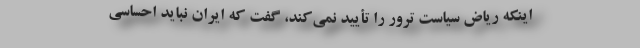
اینکه ریاض سیاست ترور را تأیید نمی‌کند، گفت که ایران نباید احساسی